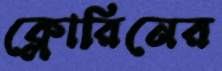
ক্লোরিনের